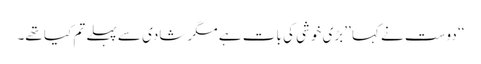
‘‘ دوست نے کہا ’’بڑی خوشی کی بات ہے مگر شادی سے پہلے تم کیا تھے۔